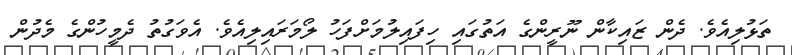
ތަޅުލިއެވެ. ދެން ޒައިކާން ނޫރީންގެ އަތުގައި ހިފައިލުމަށްފަހު ލޯމަރައިލިއެވެ. އެވަގުތު ދެމީހުންގެ މެދުން